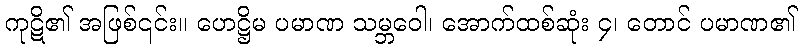
ကုဋိ၏ အဖြစ်၎င်း။ ဟေဋ္ဌိမ ပမာဏ သမ္ဘဝေါ၊ အောက်ထစ်ဆုံး ၄၊ တောင် ပမာဏ၏